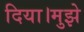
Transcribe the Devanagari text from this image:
दिया।मुझे